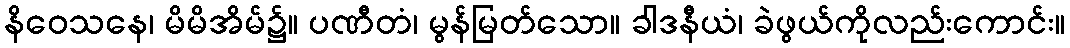
နိဝေသနေ၊ မိမိအိမ်၌။ ပဏီတံ၊ မွန်မြတ်သော။ ခါဒနီယံ၊ ခဲဖွယ်ကိုလည်းကောင်း။